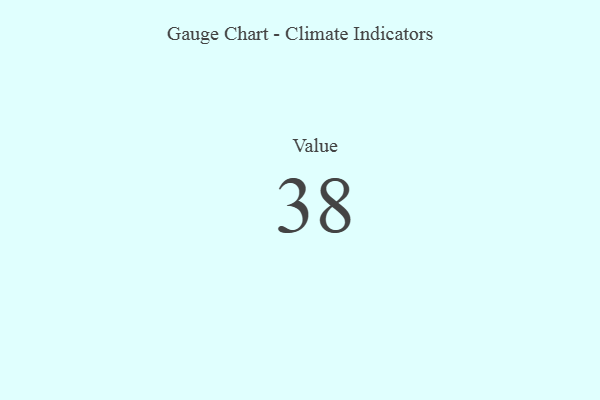
{"axis": {"x": "Metric", "y": "Value"}, "legend": [""], "data": [{"x": "Value", "y": 38, "type": ""}]}